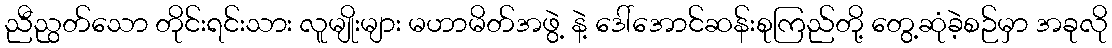
ညီညွတ်သော တိုင်းရင်းသား လူမျိုးများ မဟာမိတ်အဖွဲ့ နဲ့ ဒေါ်အောင်ဆန်းစုကြည်တို့ တွေ့ဆုံခဲ့စဉ်မှာ အခုလို